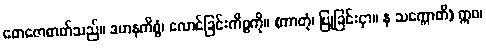
တေဇောဓာတ်သည်။ ဒဟနကိစ္စံ၊ လောင်ခြင်းကိစ္စကို။ (ကာတုံ၊ ပြုခြင်းငှာ။ န သက္ကောတိ) ဣဝ၊